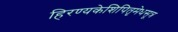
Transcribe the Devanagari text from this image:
हिरण्यकेशिपितृमेधसूत्र